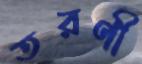
তরণী